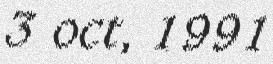
3 oct, 1991